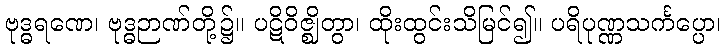
ဗုဒ္ဓရဏေ၊ ဗုဒ္ဓဉာဏ်တို့၌။ ပဋိဝိဇ္ဈိတွာ၊ ထိုးထွင်းသိမြင်၍။ ပရိပုဏ္ဏသင်္ကပ္ပော၊